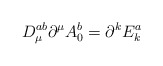
\begin{align*}D_\mu ^{ab}\partial ^\mu A_0^b=\partial ^kE_k^a\end{align*}